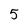
Character: 5